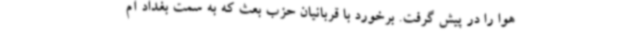
هوا را در پیش گرفت. برخورد با قربانیان حزب بعث که به سمت بغداد آم